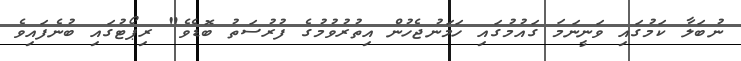
ނުބަލާ ކަމުގައި ވަނީނަމަ ގައުމުގައި ހަމަނުޖެހުން އިތުުރުވުމުގެ ފުރުސަތު ބޮޑެވެ" ރިޕޯޓުގަައި ބުނެފައިވެ